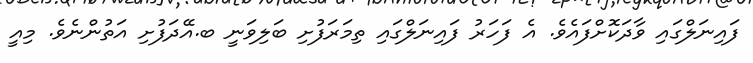
ފައިނަލްގައި ވާދަކޮށްފައެވެ. އެ ފަހަރު ފައިނަލްގައި ތިމަރަފުށި ބަލިވަނީ ބ.އޭދަފުށި އަތުންނެވެ. މިއީ